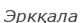
Эркқала